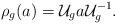
LaTeX: \begin{align*} \rho_g(a)=\mathcal{U}_g a \mathcal{U}_g^{-1}.\end{align*}